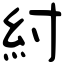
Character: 紂